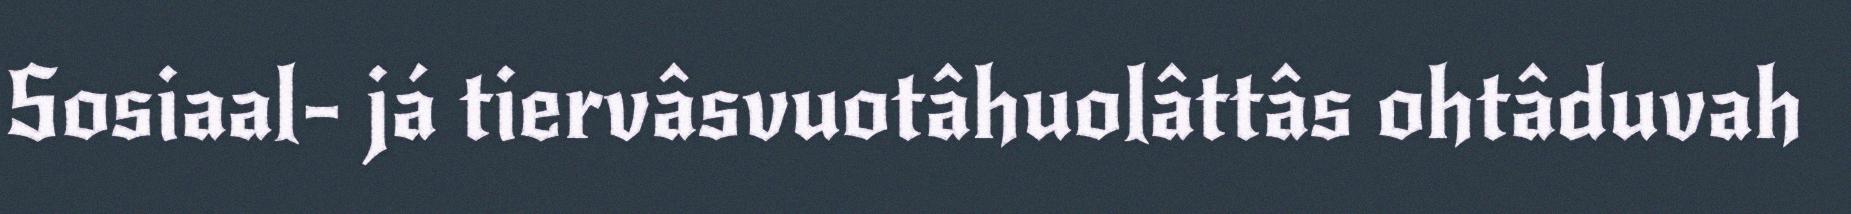
Sosiaal- já tiervâsvuotâhuolâttâs ohtâduvah